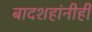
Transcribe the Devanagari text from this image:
बादशहांनीही